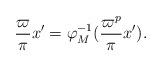
LaTeX: \begin{align*}\frac\varpi\pi x' = \varphi_M^{-1}(\frac{\varpi^p}\pi x').\end{align*}